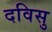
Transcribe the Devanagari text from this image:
दविसु